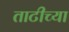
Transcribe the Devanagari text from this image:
ताटीच्या